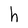
Character: h